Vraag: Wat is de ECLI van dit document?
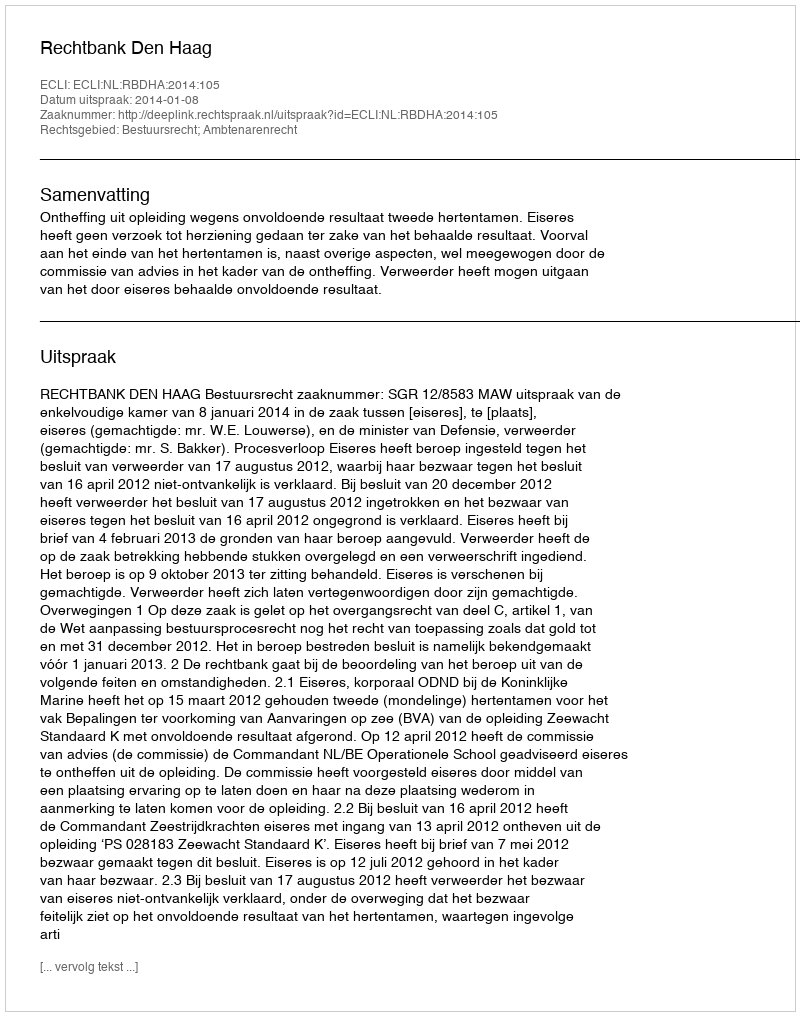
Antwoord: ECLI:NL:RBDHA:2014:105